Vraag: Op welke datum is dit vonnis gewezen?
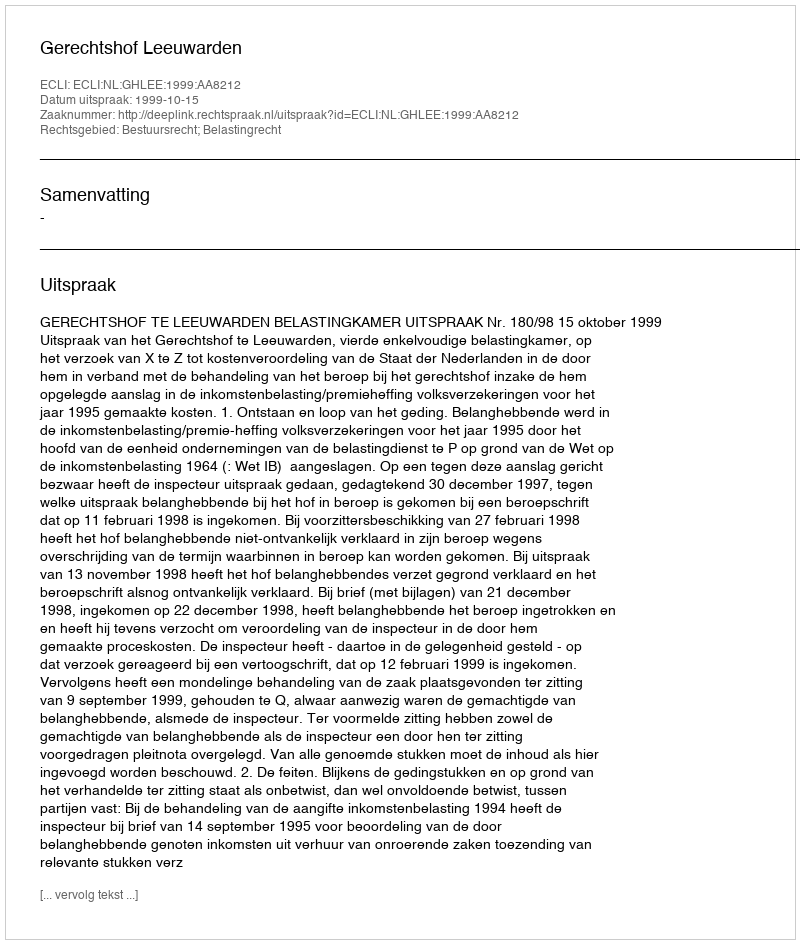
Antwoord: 1999-10-15